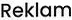
Reklam